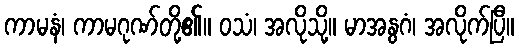
ကာမနံ၊ ကာမဂုဏ်တို့၏။ ဝသံ၊ အလိုသို့။ မာအနွဂံ၊ အလိုက်ပြီ။